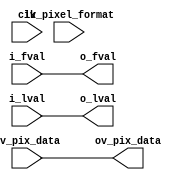
//-------------------------------------------------------------------------------------------------
//  --    : , 2010 -2015.
//  --      .
//  --          : FPGA
//  --        : pixelformat_sel
//  --        : 
//-------------------------------------------------------------------------------------------------
//
//  --  :
//
//  --          :| 				:|  
//-------------------------------------------------------------------------------------------------
//  --        :| 2014/12/5 14:17:37	:|  
//-------------------------------------------------------------------------------------------------
//
//  --      : 
//              1)  : MT9P031
//
//              2)  : ... ...
//
//              3)  : ... ...
//
//-------------------------------------------------------------------------------------------------
///
`timescale 1ns/1ps
//-------------------------------------------------------------------------------------------------

module pixelformat_sel # (
	parameter				SENSOR_DAT_WIDTH	= 10	,	//sensor 
	parameter				REG_WD				= 32		//
	)
	(
	//Sensor
	input								clk				,	//
	input								i_fval			,	//
	input								i_lval			,	//
	input	[SENSOR_DAT_WIDTH-1:0]		iv_pix_data		,	//
	//
	input	[REG_WD-1:0]				iv_pixel_format	,	//0x01080001:Mono80x01100003:Mono100x01080008:BayerGR80x0110000C:BayerGR10
	//
	output								o_fval			,	//
	output								o_lval			,	//
	output	[SENSOR_DAT_WIDTH-1:0]		ov_pix_data			//
	);

	//	ref signals



	//	ref ARCHITECTURE

	assign	o_fval		= i_fval;
	assign	o_lval		= i_lval;
	assign	ov_pix_data	= iv_pix_data;


endmodule